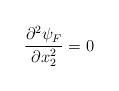
LaTeX: \begin{align*}\frac{\partial ^2\psi _F}{\partial x_2^2}=0\end{align*}